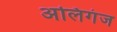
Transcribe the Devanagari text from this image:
अलिगंज